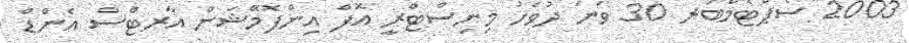
2003 ސެޕްޓެމްބަރ 30 ވަނަ ދުވަހު މިނިސްޓްރީ އޮފް އިންފޮމޭޝަން އާރޓްސް އެންޑް